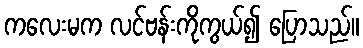
ကလေးမက လင်ဗန်းကိုကွယ်၍ ပြောသည်။